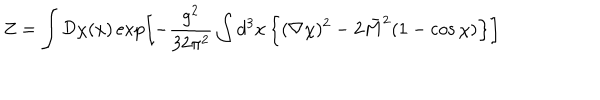
LaTeX: Z = \int { \cal D } \chi ( x ) \exp \left[ - { \frac { g ^ { 2 } } { 3 2 \pi ^ { 2 } } } \int d ^ { 3 } x \left\{ ( \nabla \chi ) ^ { 2 } - 2 \bar { M } ^ { 2 } ( 1 - \cos \chi ) \right\} \right]